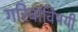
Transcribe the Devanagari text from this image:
गरिबांविषयी